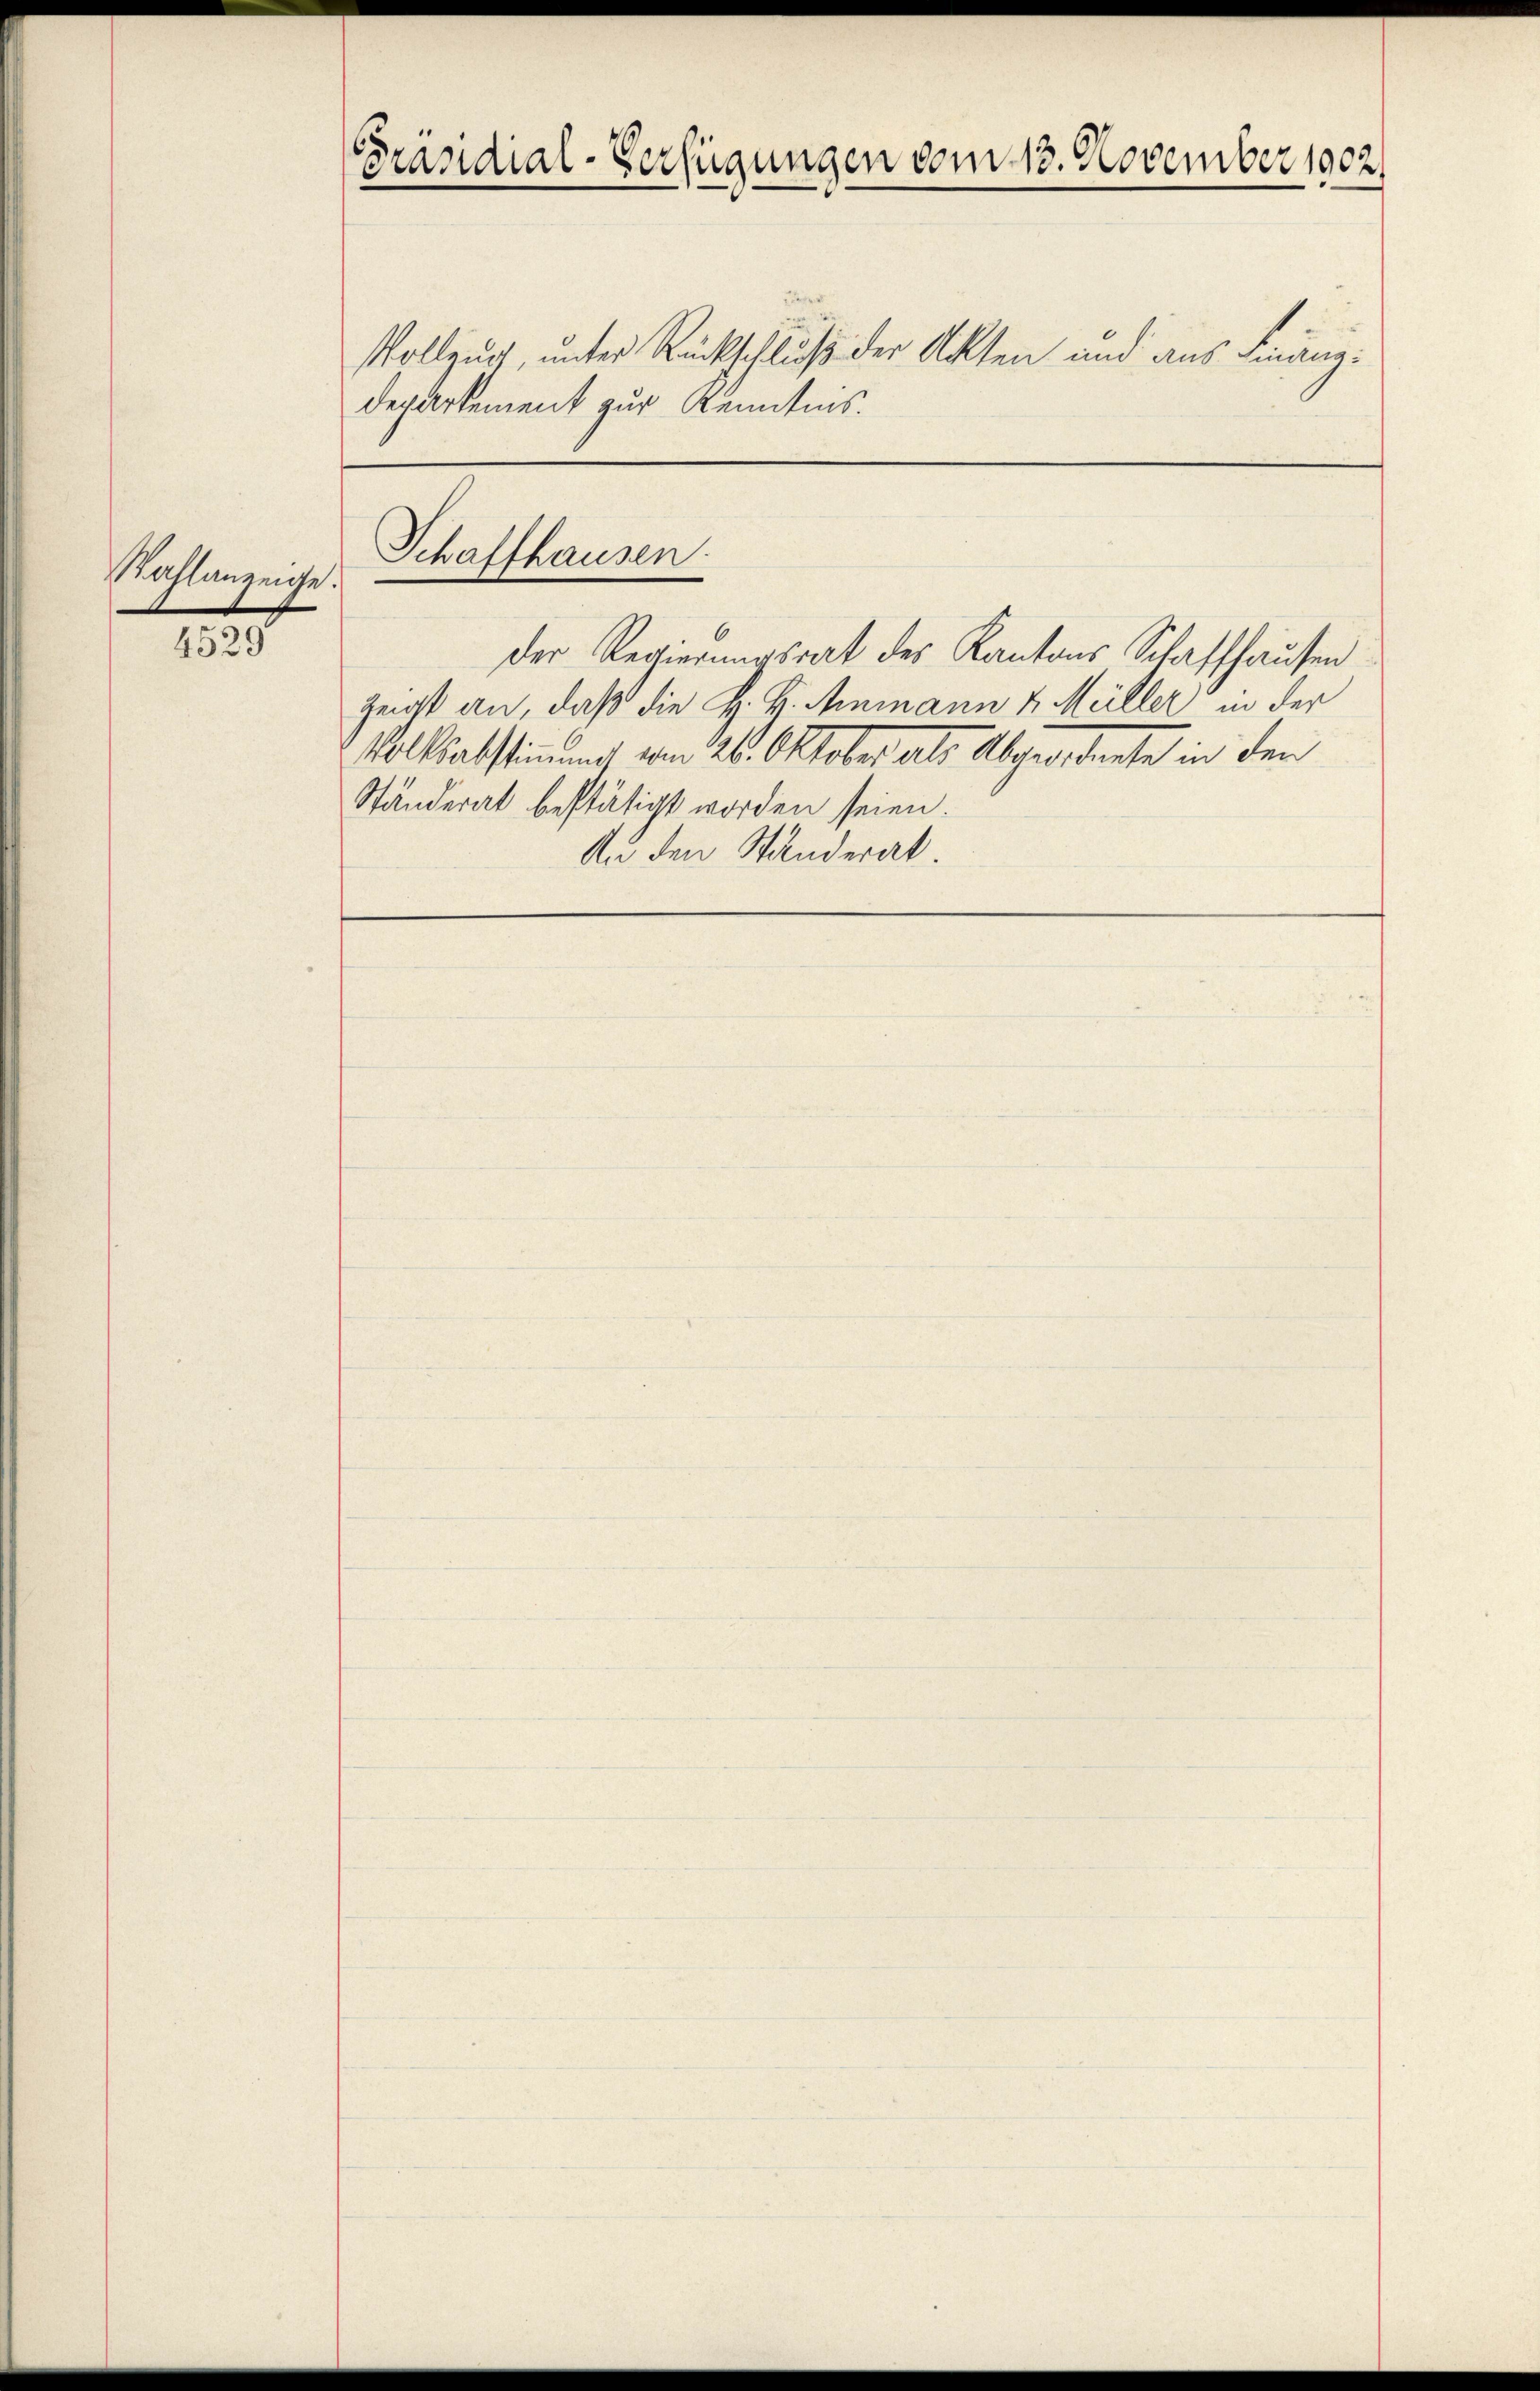
Wahlanzeige

4529

Präsidial-Verfügungen vom 13. November 1902.

Vollzug, unter Rückschluß der Akten und aus Finanz¬
Departement zur Kenntnis.

Schaffhausen.
.

der Regierungsrat des Kantons Schaffhausen
Zeigt an, daß die H. H. Ammann v. Müller in der
Volksabstimmung vom 26. Oktober als Abgeordnete in den
Ständerat bestätigt worden seien.
An den Standerat.